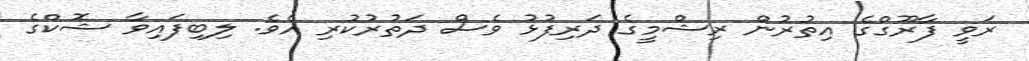
ރަވީ ފާރޫގްގެ އިތުރުން ރިޝްމީގެ ދަރިފުޅު ވެސް ދަތުރުކުރި އެވެ. ލިބިފައިވާ ޝޮކްގެ